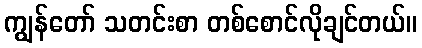
ကျွန်တော် သတင်းစာ တစ်စောင်လိုချင်တယ်။